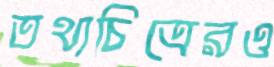
তথ্যচিত্রেরও